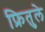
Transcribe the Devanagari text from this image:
फ्रितुले